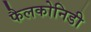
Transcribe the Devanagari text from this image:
फैलकोनिडी